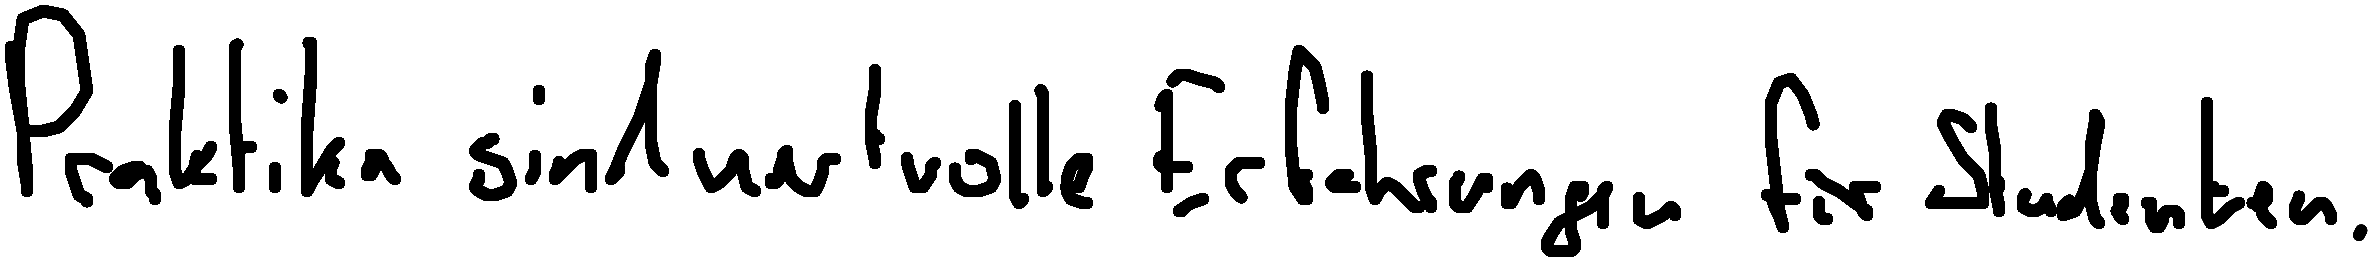
Praktika sind wertvolle Erfahrungen für Studenten.